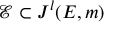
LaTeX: { \mathcal { E } } \subset J ^ { l } ( E , m )